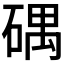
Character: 𥔘